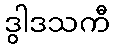
ဒွါဒသကီ